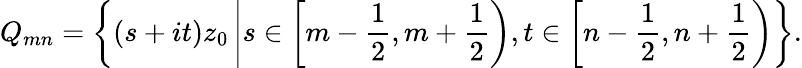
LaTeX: Q_{mn}=\left\{ (s+it)z_{0}\left\vert s\in\left[m-{\frac{1}{2}},m+{\frac{1}{2}}\right),t\in\left[n-{\frac{1}{2}},n+{\frac{1}{2}}\right)\right.\right\} .